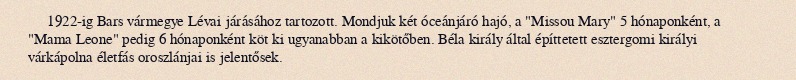
1922-ig Bars vármegye Lévai járásához tartozott. Mondjuk két óceánjáró hajó, a "Missou Mary" 5 hónaponként, a "Mama Leone" pedig 6 hónaponként köt ki ugyanabban a kikötőben. Béla király által építtetett esztergomi királyi várkápolna életfás oroszlánjai is jelentősek.